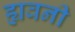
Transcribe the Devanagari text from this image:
ह्यवनी